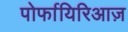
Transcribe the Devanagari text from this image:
पोर्फायिरिआज़